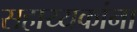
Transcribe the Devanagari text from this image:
सहाय्यकांना